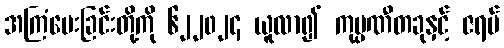
အကြံပေးခြင်းတို့ကို ၆၂၂၀၂၄ ယူလာ၍ ကုမ္ပဏီတခုနှင့် ဇရပ်